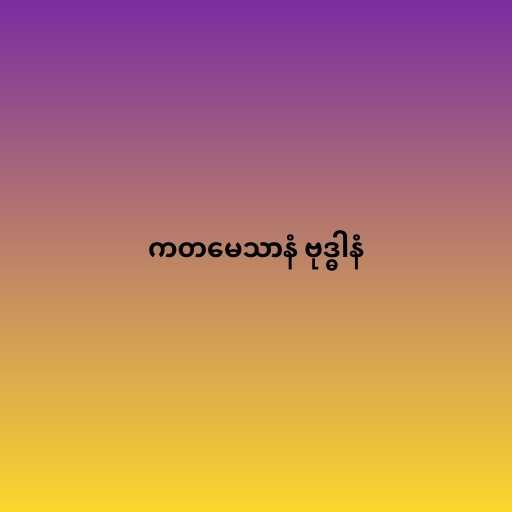
ကတမေသာနံ ဗုဒ္ဓါနံ